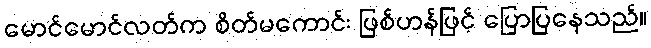
မောင်မောင်လတ်က စိတ်မကောင်း ဖြစ်ဟန်ဖြင့် ပြောပြနေသည်။